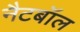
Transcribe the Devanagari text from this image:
नैटबॉल